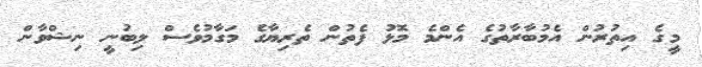
މީގެ އިތުރުން އެމުބާރާތުގެ އެންމެ މޮޅު ފެތުން ތެރިޔާގެ މަގާމުވެސް ލިބުނީ ނިޝްވާން